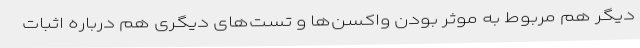
دیگر هم مربوط به موثر بودن واکسن‌ها و تست‌های دیگری هم درباره اثبات